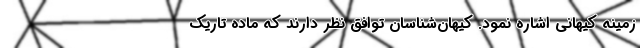
زمینه کیهانی اشاره نمود. کیهان‌شناسان توافق نظر دارند که ماده تاریک